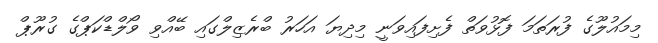
މިމައުލޫގެ ފުރަތަމަ ފޮޅުވަތް ފެށިފައިވަނީ މިދިޔަ އަހަރު ބްރެޒިލްގައި ބޭއްވި ވޯލްޑްކަޕްގެ ގުރޫޕް